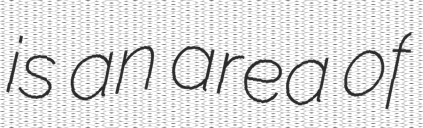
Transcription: is an area of